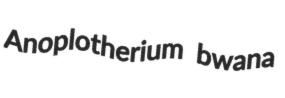
Anoplotherium bwana